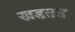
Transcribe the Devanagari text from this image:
खडतड